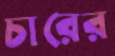
চারের